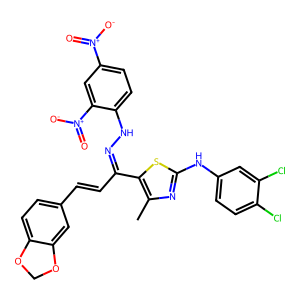
SMILES: Cc1nc(Nc2ccc(Cl)c(Cl)c2)sc1C(C=Cc1ccc2c(c1)OCO2)=NNc1ccc([N+](=O)[O-])cc1[N+](=O)[O-]
Inhibits HIV replication: No